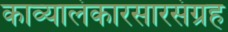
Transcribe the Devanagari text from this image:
काव्यालंकारसारसंग्रह